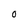
Character: 0